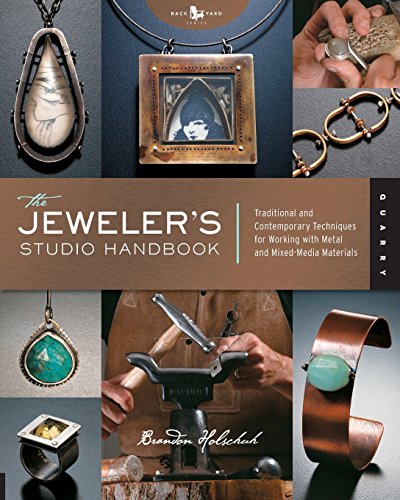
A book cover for The Jeweler's Studio Handbook: Traditional and Contemporary Techniques for Working with Metal and Mixed Media Materials (Studio Handbook Series); Brandon Holschuh; Crafts, Hobbies & Home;